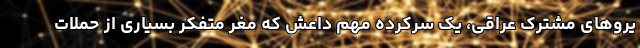
یروهای مشترک عراقی، یک سرکرده مهم داعش که مغر متفکر بسیاری از حملات